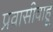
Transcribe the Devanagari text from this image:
प्रवासीवाहू